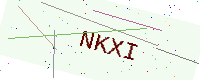
Text: NKXI